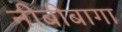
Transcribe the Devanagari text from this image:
नीबीबागा